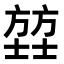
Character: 𫯄